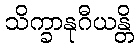
သိက္ခာနုဂီယန္တိ